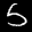
Label: 5